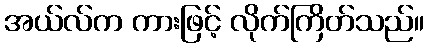
အယ်လ်က ကားဖြင့် လိုက်ကြိတ်သည်။